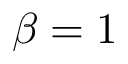
\beta = 1